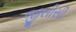
જીસીસી